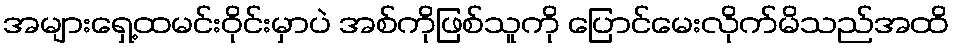
အများရှေ့ထမင်းဝိုင်းမှာပဲ အစ်ကိုဖြစ်သူကို ပြောင်မေးလိုက်မိသည်အထိ